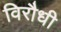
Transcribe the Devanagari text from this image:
विरौधी